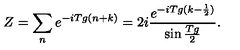
Z = \sum _ { n } e ^ { - i T g ( n + k ) } = 2 i \frac { e ^ { - i T g ( k - \frac { 1 } { 2 } ) } } { \sin \frac { T g } { 2 } } .